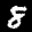
Label: 8